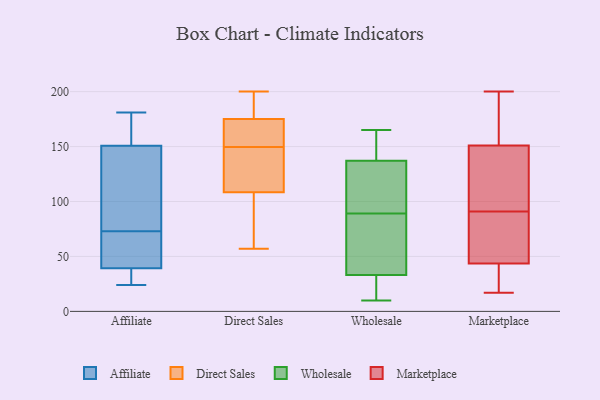
{"axis": {"x": "Production Output", "y": "Value"}, "legend": ["Affiliate", "Direct Sales", "Marketplace", "Wholesale"], "data": [{"x": "", "y": 73, "type": "Affiliate"}, {"x": "", "y": 35, "type": "Affiliate"}, {"x": "", "y": 39, "type": "Affiliate"}, {"x": "", "y": 181, "type": "Affiliate"}, {"x": "", "y": 90, "type": "Affiliate"}, {"x": "", "y": 40, "type": "Affiliate"}, {"x": "", "y": 49, "type": "Affiliate"}, {"x": "", "y": 72, "type": "Affiliate"}, {"x": "", "y": 32, "type": "Affiliate"}, {"x": "", "y": 24, "type": "Affiliate"}, {"x": "", "y": 130, "type": "Affiliate"}, {"x": "", "y": 174, "type": "Affiliate"}, {"x": "", "y": 135, "type": "Affiliate"}, {"x": "", "y": 156, "type": "Affiliate"}, {"x": "", "y": 180, "type": "Affiliate"}, {"x": "", "y": 158, "type": "Direct Sales"}, {"x": "", "y": 112, "type": "Direct Sales"}, {"x": "", "y": 81, "type": "Direct Sales"}, {"x": "", "y": 200, "type": "Direct Sales"}, {"x": "", "y": 142, "type": "Direct Sales"}, {"x": "", "y": 180, "type": "Direct Sales"}, {"x": "", "y": 189, "type": "Direct Sales"}, {"x": "", "y": 57, "type": "Direct Sales"}, {"x": "", "y": 119, "type": "Direct Sales"}, {"x": "", "y": 170, "type": "Direct Sales"}, {"x": "", "y": 186, "type": "Direct Sales"}, {"x": "", "y": 155, "type": "Direct Sales"}, {"x": "", "y": 170, "type": "Direct Sales"}, {"x": "", "y": 146, "type": "Direct Sales"}, {"x": "", "y": 153, "type": "Direct Sales"}, {"x": "", "y": 93, "type": "Direct Sales"}, {"x": "", "y": 83, "type": "Direct Sales"}, {"x": "", "y": 184, "type": "Direct Sales"}, {"x": "", "y": 105, "type": "Direct Sales"}, {"x": "", "y": 133, "type": "Direct Sales"}, {"x": "", "y": 137, "type": "Wholesale"}, {"x": "", "y": 165, "type": "Wholesale"}, {"x": "", "y": 103, "type": "Wholesale"}, {"x": "", "y": 33, "type": "Wholesale"}, {"x": "", "y": 79, "type": "Wholesale"}, {"x": "", "y": 24, "type": "Wholesale"}, {"x": "", "y": 10, "type": "Wholesale"}, {"x": "", "y": 141, "type": "Wholesale"}, {"x": "", "y": 62, "type": "Wholesale"}, {"x": "", "y": 99, "type": "Wholesale"}, {"x": "", "y": 200, "type": "Marketplace"}, {"x": "", "y": 69, "type": "Marketplace"}, {"x": "", "y": 128, "type": "Marketplace"}, {"x": "", "y": 147, "type": "Marketplace"}, {"x": "", "y": 17, "type": "Marketplace"}, {"x": "", "y": 42, "type": "Marketplace"}, {"x": "", "y": 163, "type": "Marketplace"}, {"x": "", "y": 71, "type": "Marketplace"}, {"x": "", "y": 103, "type": "Marketplace"}, {"x": "", "y": 44, "type": "Marketplace"}, {"x": "", "y": 194, "type": "Marketplace"}, {"x": "", "y": 85, "type": "Marketplace"}, {"x": "", "y": 91, "type": "Marketplace"}, {"x": "", "y": 41, "type": "Marketplace"}, {"x": "", "y": 103, "type": "Marketplace"}, {"x": "", "y": 27, "type": "Marketplace"}, {"x": "", "y": 176, "type": "Marketplace"}]}